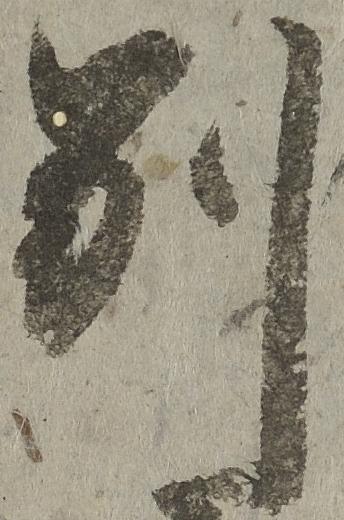
別